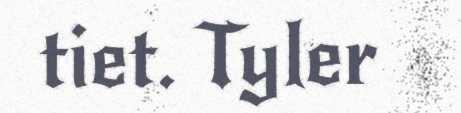
tiet. Tyler